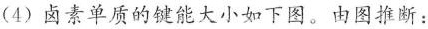
(4)卤素单质的键能大小如下图。由图推断：